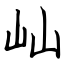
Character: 屾